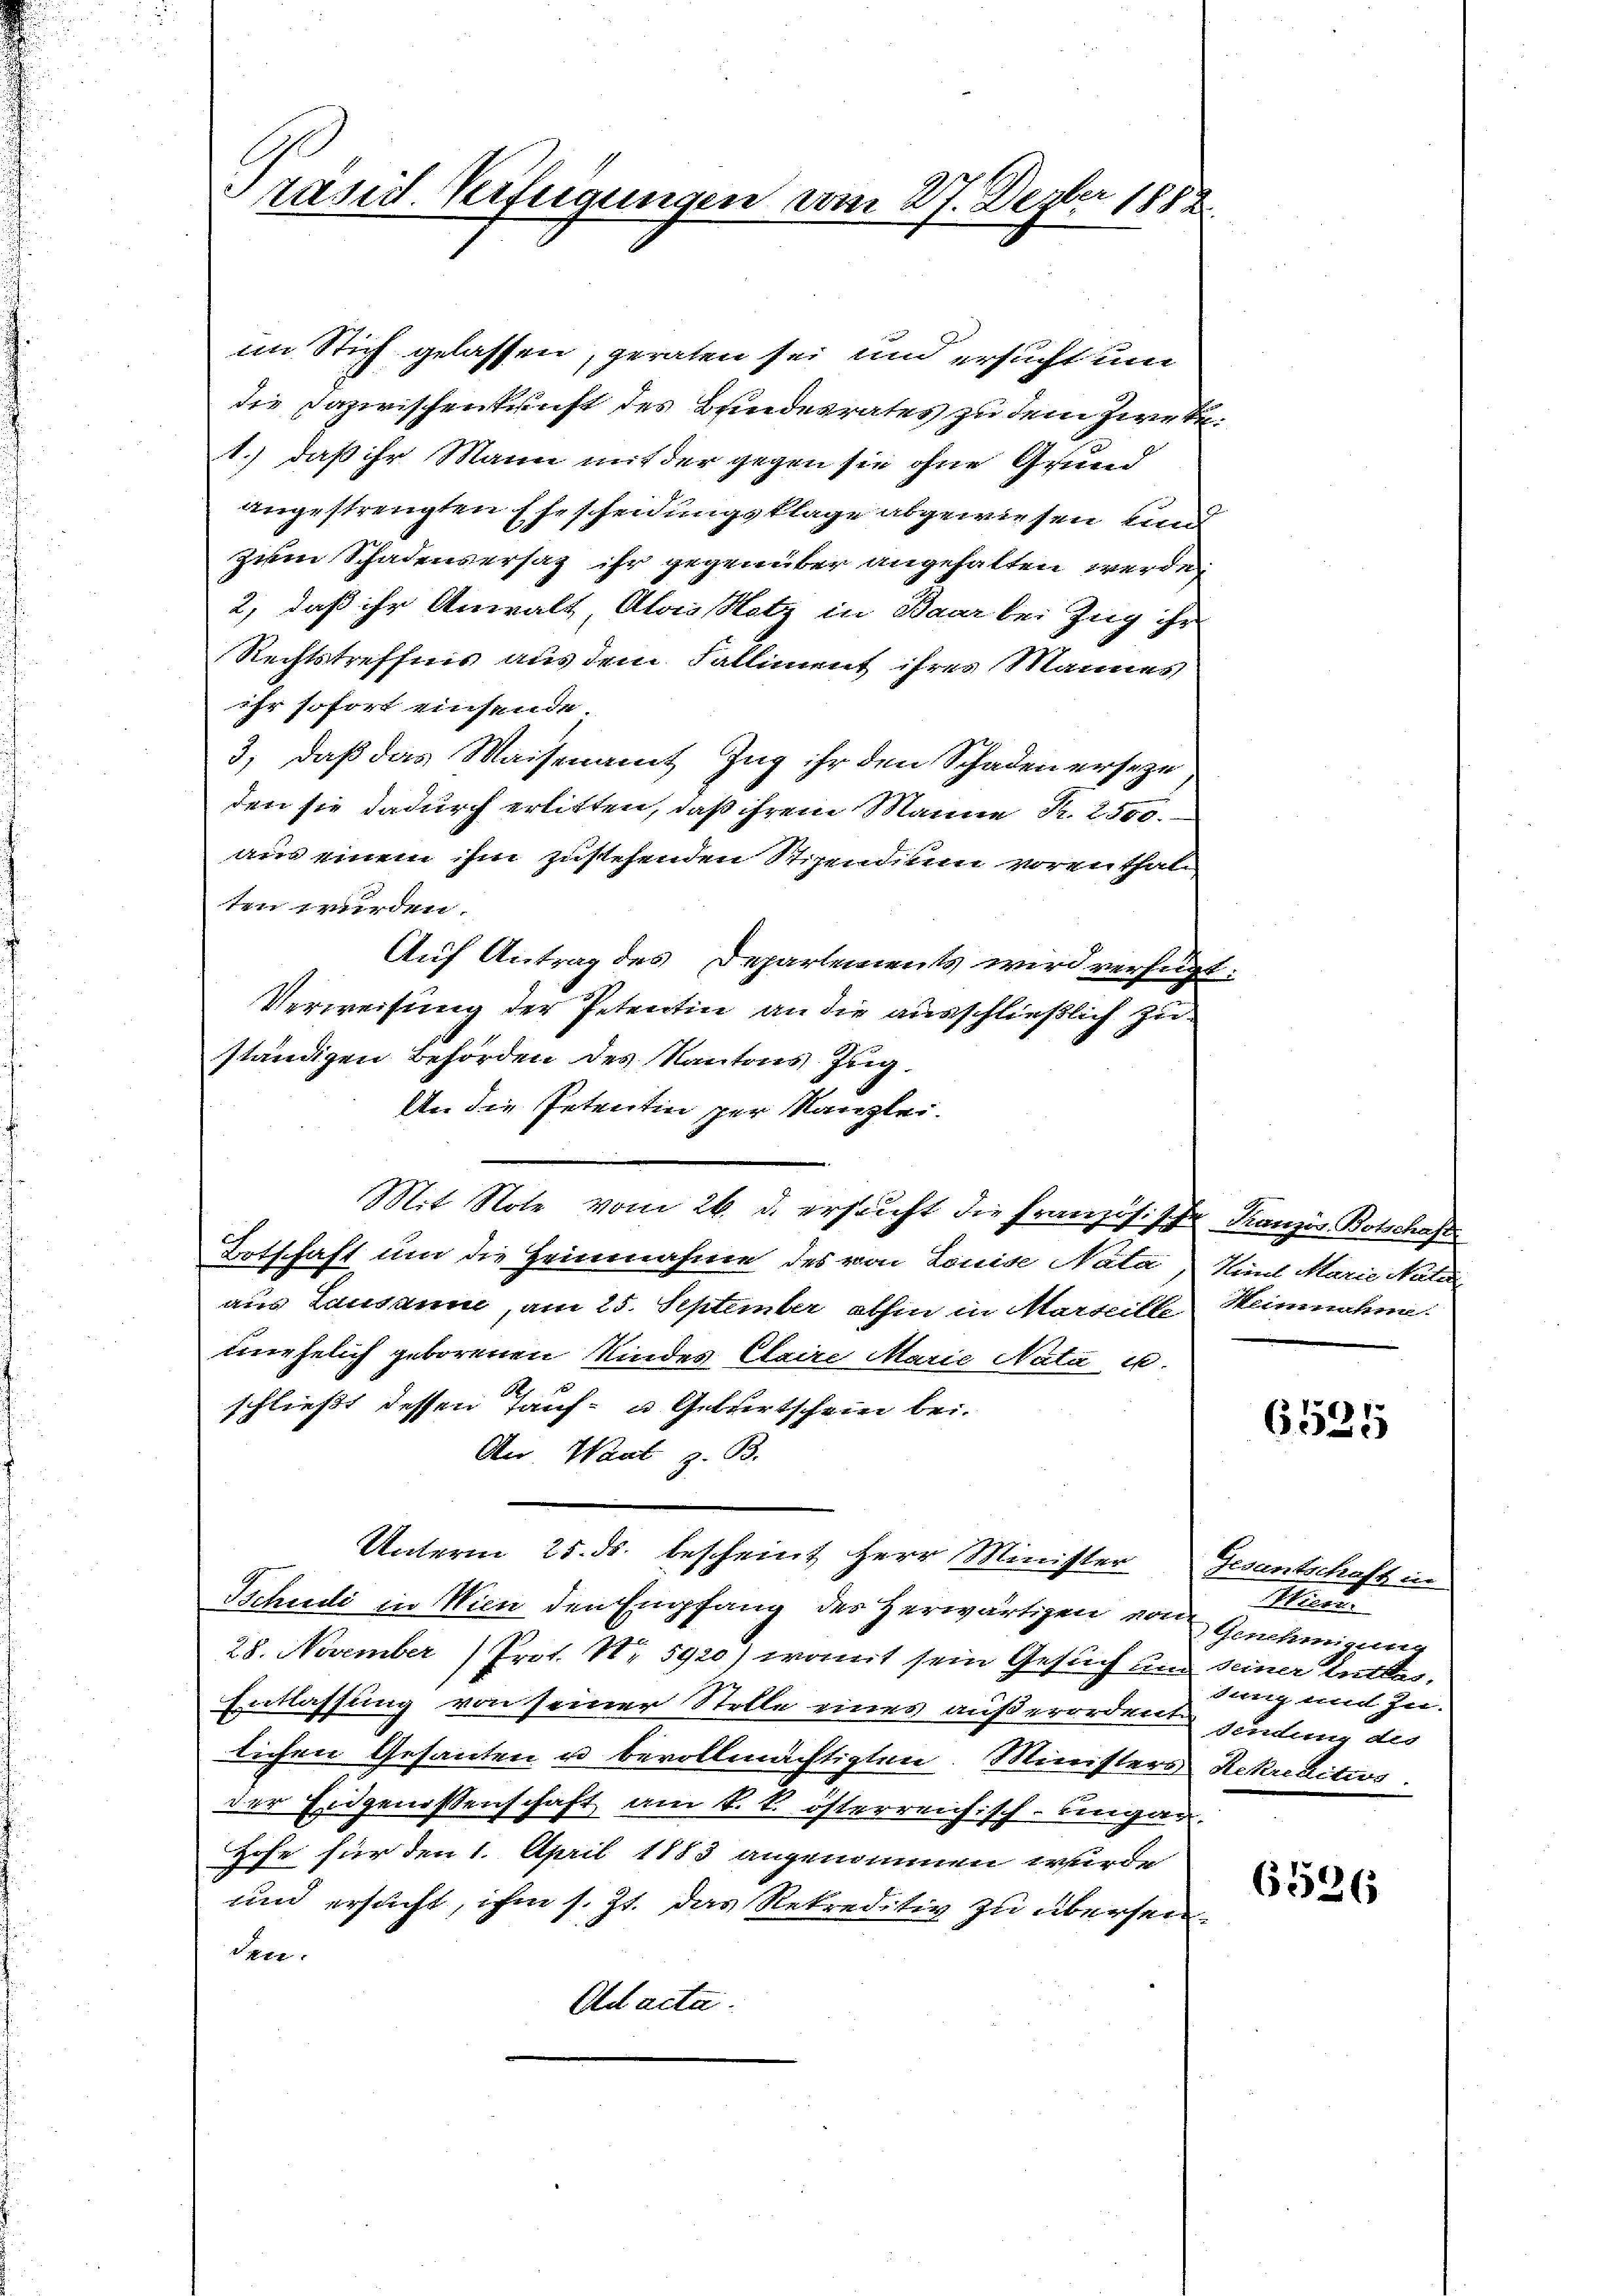
rasid. Verfügungen vom 27. Dezter 1882.

im Stich gelassen, geraten sei und ersucht und
die Dazwischenkunft des Bundesrates zu dem Zweke.
1.) daß ihr Mann mit der gegen sie ohne Grund
angestrengten Ehescheidungsklage abgewiesen und
zum Schadensersag ihr gegenüber angehalten werde
2, daß ihr Anwalt, Alois Rotz in Baar bei Zug ihr
Rechtstreffens aus dem Falliment ihres Mannes,
ihr sofort einsende
3, daß das Waisenamt Zug ihr den Schaden erseze
den sie dadurch erlitten, daß ihrem Manne Fr. 2500.
aus einem ihm zustehenden Stipendium vorenthal,
ten wurden.
Auf Antrag des Departements wird verfügt
Verweisung der Petentin an die ausschließlich zu-
ständigen Behörden des Kantons Zug.
An die Petentin per Kanzlei.
Mit Note vom 26. d. ersucht die Französische
Totschaft um die Heinnahme des von Louise Nata
aus Landamm, am 25. September abhin in Marteilte
muehelich geborenen Kindes Claire Marie Nata u.
schließt dessen Tauf- u Geburtschein bei.
Oter. Want z. B.
Unterm 25. ds. bescheint Herr Minister
Schuli in Wien den Empfang des Herwärtigen von
28. November Prof. Nr. 5920) womit sein Gesuch um
Entlassung von seiner Stelle eines außerordent
lichen Gesanten u bevollmächtigten. Ministers
der Eidgenossenschaft am k. k. österreichisch-ungar
G.
Ihr für den 1. April 1883 angenommen wurde
und ersucht, ihm s. Js. das Rekreditiv zu übersen.
den
Ad acta.

Franzis Botschaft
Kind Marie Nata
Heinnahme

Gesantschaft in
Hind
Genehmigene
seiner Entlas
fung mit zu.
Sendung des
Rekreditios

.

6581

6526